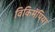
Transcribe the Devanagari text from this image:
विकिमॅपिया